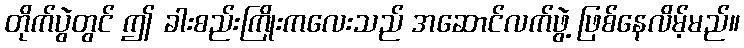
တိုက်ပွဲတွင် ဤ ခါးစည်းကြိုးကလေးသည် အဆောင်လက်ဖွဲ့ ဖြစ်နေလိမ့်မည်။